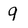
Character: 9